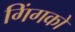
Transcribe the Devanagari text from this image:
गिंगको